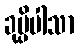
ခုပ္ပိပါသာ